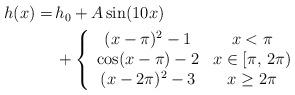
LaTeX: \begin{align*}\begin{aligned}h(x) =&\, h_0+A\sin(10x)\\&\,+\left\{\begin{array}{cc}(x-\pi)^2-1 & x < \pi\\\cos(x-\pi)-2 & x \in [\pi,\,2\pi)\\(x-2\pi)^2-3 & x \ge 2\pi\end{array}\right.\end{aligned}\end{align*}